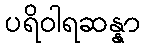
ပရိဝါရဆန္နာ